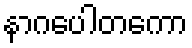
နာဂပေါတကော